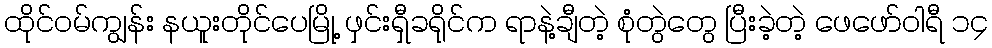
ထိုင်ဝမ်ကျွန်း နယူးတိုင်ပေမြို့ ဖှင်းရှီခရိုင်က ရာနဲ့ချီတဲ့ စုံတွဲတွေ ပြီးခဲ့တဲ့ ဖေဖော်ဝါရီ ၁၄